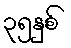
၃၅နှစ်